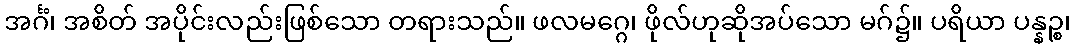
အင်္ဂံ၊ အစိတ် အပိုင်းလည်းဖြစ်သော တရားသည်။ ဖလမဂ္ဂေ၊ ဖိုလ်ဟုဆိုအပ်သော မဂ်၌။ ပရိယာ ပန္နဉ္စ၊